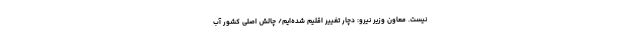
نیست. معاون وزیر نیرو: دچار تغییر اقلیم شده‌ایم/ چالش اصلی کشور آب